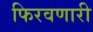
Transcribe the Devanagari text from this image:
फिरवणारी